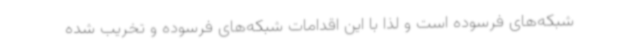
شبکه‌های فرسوده است و لذا با این اقدامات شبکه‌های فرسوده و تخریب شده